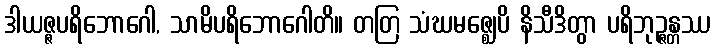
ဒါယဇ္ဇပရိဘောဂေါ, သာမိပရိဘောဂေါတိ။ တတြ သံဃမဇ္ဈေပိ နိသီဒိတွာ ပရိဘုဉ္ဇန္တဿ